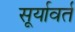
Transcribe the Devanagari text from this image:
सूर्यावर्त